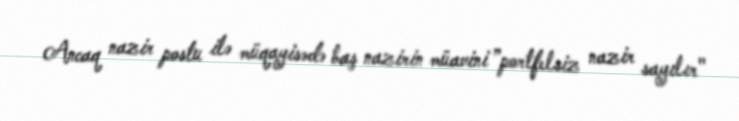
Ancaq nazir postu ilə müqayisədə baş nazirin müavini ”portfelsiz nazir sayılır"